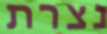
נצרת